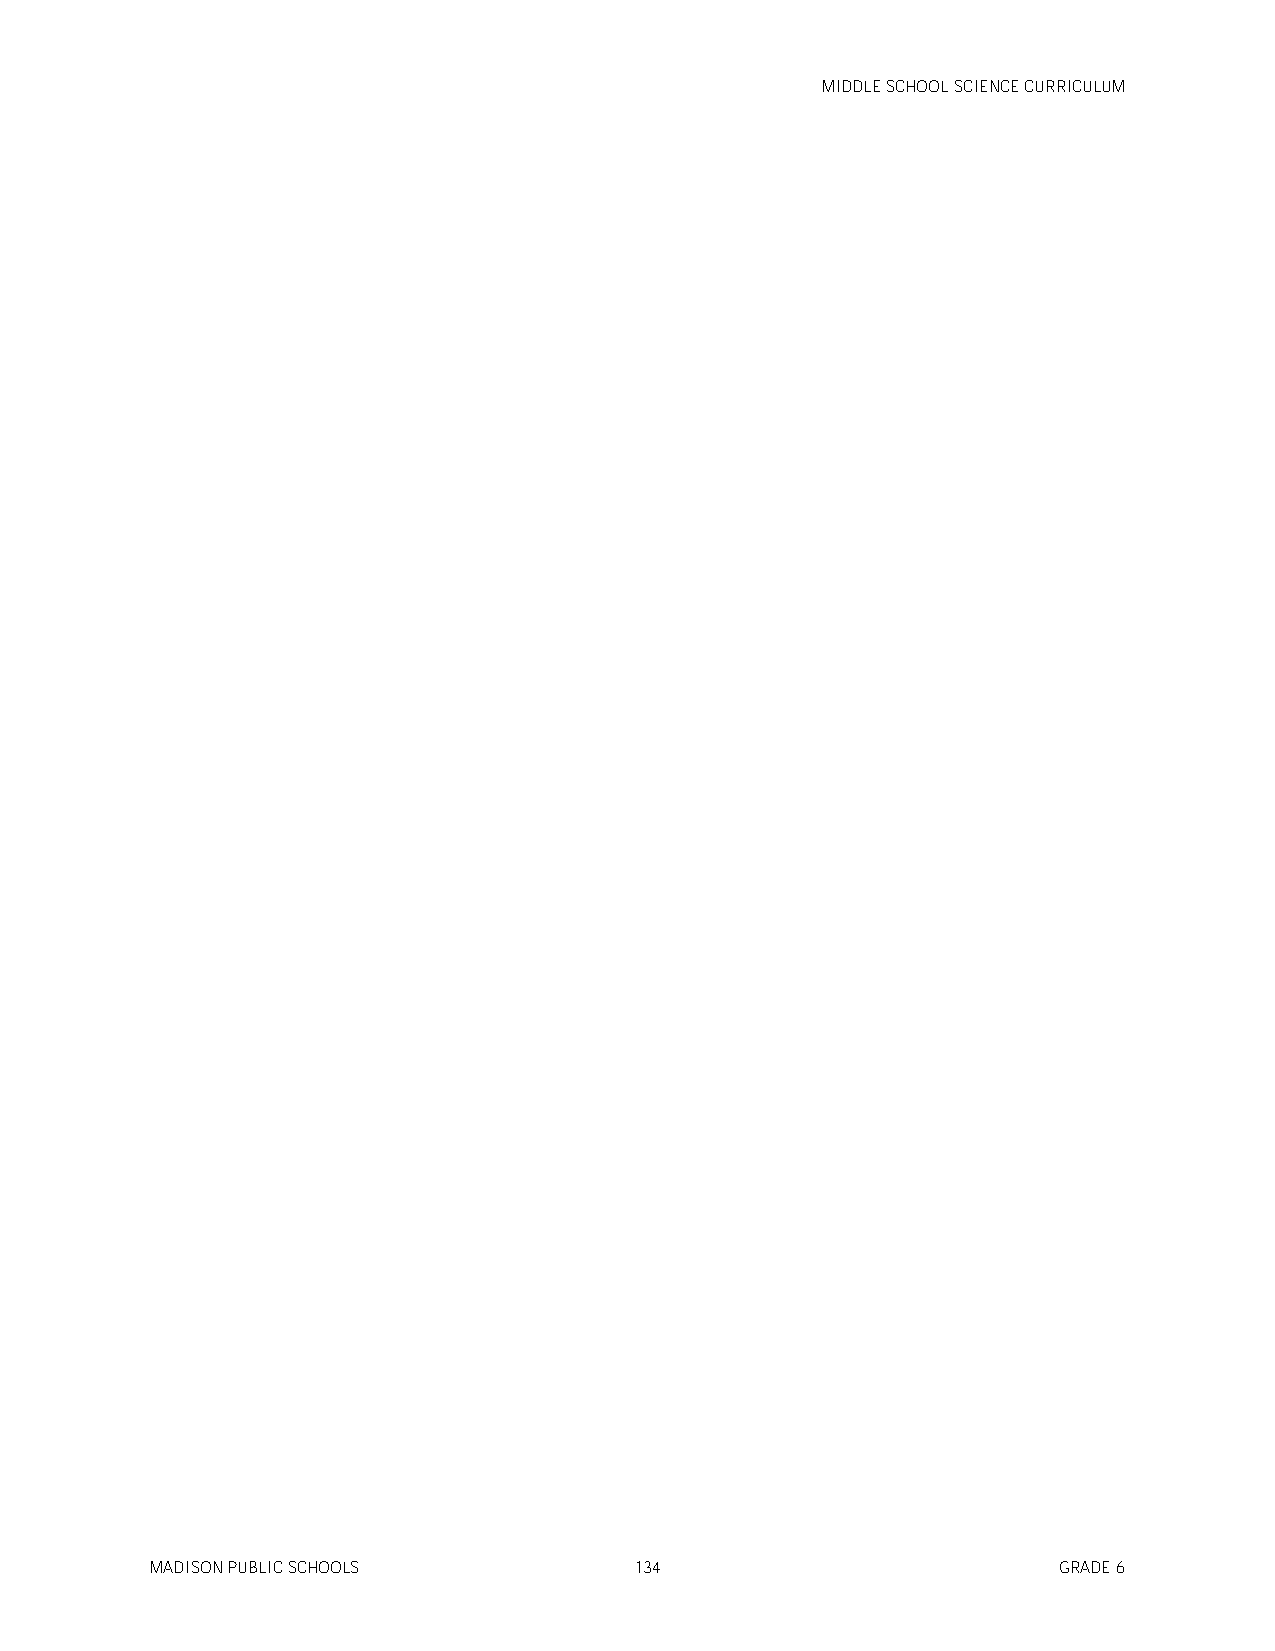
MIDDLE SCHOOL SCIENCE CURRICULUM
 MADISON PUBLIC SCHOOLS          134                         GRADE 6